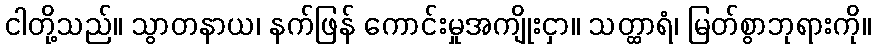
ငါတို့သည်။ သွာတနာယ၊ နက်ဖြန် ကောင်းမှုအကျိုးငှာ။ သတ္ထာရံ၊ မြတ်စွာဘုရားကို။